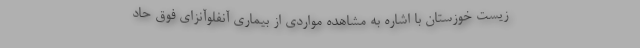
زیست خوزستان با اشاره به مشاهده مواردی از بیماری آنفلوآنزای فوق حاد